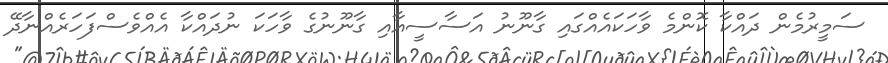
ސަމީރުމެން ދައްކާ ކޮންމެ ވާހަކައެއްގައި ގާނޫނު އަސާސީއާއި ގާނޫނުގެ ވާހަކަ ނުދައްކާ އެއްވެސްފަހަރެއްނާދޭ